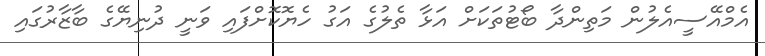
އެމްއޭސީއެލުން މަތިންދާ ބޯޓުތަކަށް އަޅާ ތެލުގެ އަގު ހެޔޮކޮށްފައި ވަނީ ދުނިޔޭގެ ބާޒާރުގައި